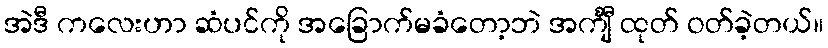
အဲဒီ ကလေးဟာ ဆံပင်ကို အခြောက်မခံတော့ဘဲ အင်္ကျီ ထုတ် ဝတ်ခဲ့တယ်။